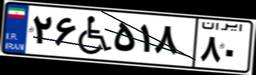
۱۵W۶۲۶۲۶